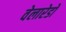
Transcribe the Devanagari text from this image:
वेलारेडो